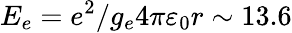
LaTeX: E_{e}=e^{2}/g_{e}4\pi\varepsilon_{0}r\sim 13.6